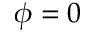
\phi = 0